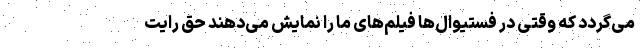
می‌گردد که وقتی در فستیوال‌ها فیلم‌های ما را نمایش می‌دهند حق رایت